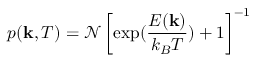
p ( \mathbf { k } , T ) = \mathcal { N } \left[ \exp ( \frac { E ( \mathbf { k } ) } { k _ { B } T } ) + 1 \right] ^ { - 1 }